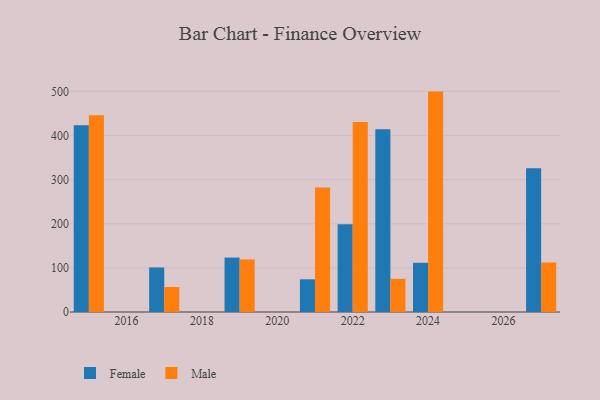
{"axis": {"x": "Year", "y": "Operating Costs (USD K)"}, "legend": ["Female", "Male"], "data": [{"x": "2027", "y": 325.9, "type": "Female"}, {"x": "2027", "y": 112.2, "type": "Male"}, {"x": "2019", "y": 123.4, "type": "Female"}, {"x": "2019", "y": 119.2, "type": "Male"}, {"x": "2023", "y": 414.5, "type": "Female"}, {"x": "2023", "y": 75.2, "type": "Male"}, {"x": "2021", "y": 74.1, "type": "Female"}, {"x": "2021", "y": 282.3, "type": "Male"}, {"x": "2022", "y": 198.7, "type": "Female"}, {"x": "2022", "y": 430.5, "type": "Male"}, {"x": "2017", "y": 101.0, "type": "Female"}, {"x": "2017", "y": 56.7, "type": "Male"}, {"x": "2015", "y": 423.6, "type": "Female"}, {"x": "2015", "y": 445.8, "type": "Male"}, {"x": "2024", "y": 111.6, "type": "Female"}, {"x": "2024", "y": 499.7, "type": "Male"}]}